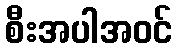
စီးအပါအဝင်